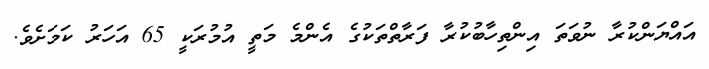
އައްޔަންކުރާ ނުވަތަ އިންތިހާބުކުރާ ފަރާތްތަކުގެ އެންމެ މަތީ އުމުރަކީ 65 އަހަރު ކަމަށެވެ.